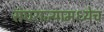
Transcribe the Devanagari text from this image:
संघराज्यामध्येच